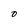
Character: O